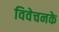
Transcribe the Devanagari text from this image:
विवेचनके